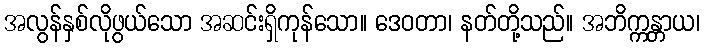
အလွန်နှစ်လိုဖွယ်သော အဆင်းရှိကုန်သော။ ဒေဝတာ၊ နတ်တို့သည်။ အဘိက္ကန္တာယ၊